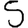
Digit: 5